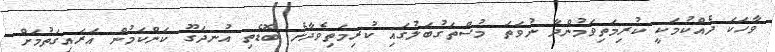
ވާހަކަ ދެއްކުމަކީ ކުރިމަތިވަމުންދާ ނުވަތަ މުސްތަގުބަލުގައި ކުރިމަތިވެދާނެ ބޮޑެތި އުނދަގޫ ކަންކަމުން އަރައިގަތުމަށް